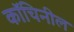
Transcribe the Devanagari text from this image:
कॉचिनील